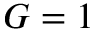
G = 1